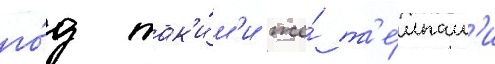
го́д так'и́м'и же́ т'е́мпам'и